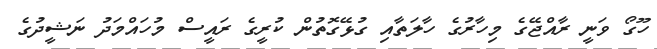
ހޫގޯ ވަނީ ރާއްޖޭގެ މިހާރުގެ ހާލަތާއި ގުޅޭގޮތުން ކުރީގެ ރައީސް މުހައްމަދު ނަޝީދުގެ